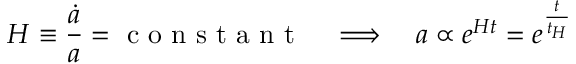
H \equiv { \frac { \dot { a } } { a } } = { \textrm { c o n s t a n t } } \quad \Longrightarrow \quad a \propto e ^ { H t } = e ^ { \frac { t } { t _ { H } } }